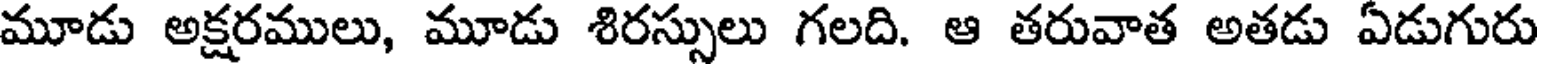
మూడు అక్షరములు, మూడు శిరస్సులు గలది. ఆ తరువాత అతడు ఏడుగురు